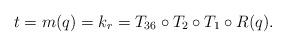
LaTeX: \begin{align*}t=m(q)=k_r=T_{36}\circ T_2\circ T_1\circ R(q).\end{align*}